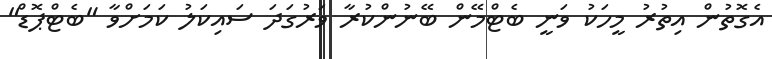
އެގޮތުން އިތުރު މީހަކު ވަނީ ބެޓްމޭން ބޭނުންކުރާ ވަރުގަދަ ސައިކަލު ކަމަށްވާ "ބެޓްޕޮޑް"